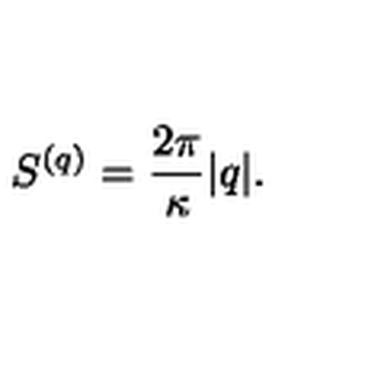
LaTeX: S ^ { ( q ) } = { \frac { 2 \pi } { \kappa } } | q | .